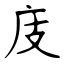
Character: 庋